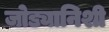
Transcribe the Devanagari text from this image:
जोड्यानिशी